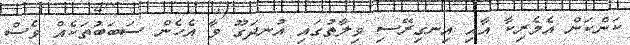
ކަންކަން އެމެރިކާ އާއި އިނގިރޭސި ވިލާތުގައި އުނދަގޫ ވާ އެހެން ސަބަބުތަކެއް ވެސް